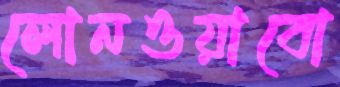
লোনওয়াবো